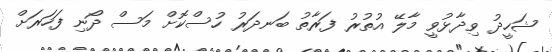
ޝަހީދު ވިދާޅުވީ މާލޭ އުތުރު ފަރާތު ބަނދަރު ހުސްކޮށް މަސް ދޯނި ފަހަރަށް